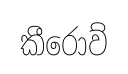
කීරොව්